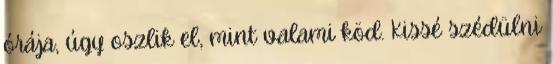
órája, úgy oszlik el, mint valami köd. Kissé szédülni